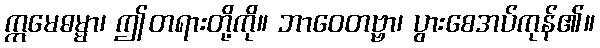
ဣမေဓမ္မာ၊ ဤတရားတို့ကို။ ဘာဝေတဗ္ဗာ၊ ပွားစေအပ်ကုန်၏။